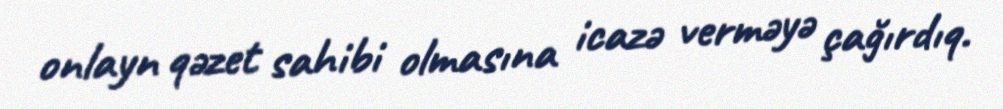
onlayn qəzet sahibi olmasına icazə verməyə çağırdıq.